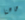
هاهنا